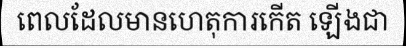
ពេលដែលមានហេតុការកើត ឡើងជា